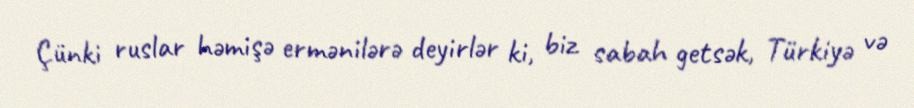
Çünki ruslar həmişə ermənilərə deyirlər ki, biz sabah getsək, Türkiyə və